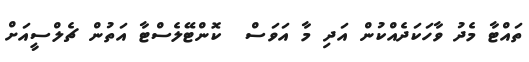
ތައްޓާ މެދު ވާހަކަދެއްކުން އަދި މާ އަވަސް  ކޮންޓޭލެސްޓާ އަތުން ޗެލްސީއަށް